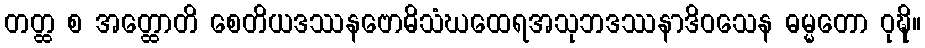
တတ္ထ စ အတ္ထောတိ စေတိယဒဿနဗောဓိသံဃထေရအသုဘဒဿနာဒိဝသေန ဓမ္မတော ဝုဍ္ဎိ။